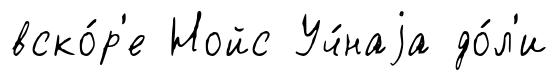
вско́р'е Нойс Уч́наjа до́л'и